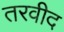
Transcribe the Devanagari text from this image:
तरवीद